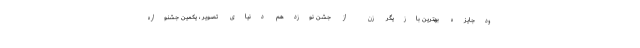
ودجایزه بهترین بازیگر زن از جشن نوزدهم دنیای تصویر ، یکمین جشنواره